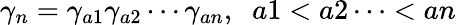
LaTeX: \gamma_{n}=\gamma_{a1}\gamma_{a2}\cdots\gamma_{an},\; \; a1<a2\cdots<an